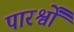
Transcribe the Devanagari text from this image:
पारर्श्वों